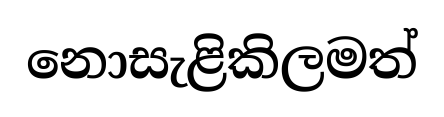
නොසැළිකිලමත්